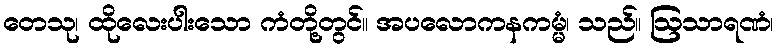
တေသု၊ ထိုလေးပါးသော ကံတို့တွင်။ အပလောကနကမ္မံ၊ သည်။ ဩသာရဏံ၊